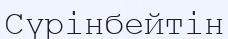
Сүрінбейтін